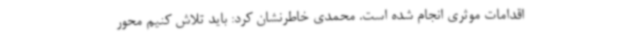
اقدامات موثری انجام شده است. محمدی خاطرنشان کرد: باید تلاش کنیم محور